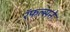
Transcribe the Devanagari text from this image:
रॅफल्सने